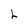
Character: L